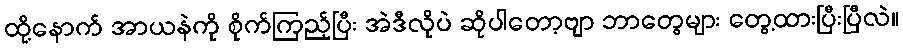
ထို့နောက် အာယနဲကို စိုက်ကြည့်ပြီး အဲဒီလိုပဲ ဆိုပါတော့ဗျာ ဘာတွေများ တွေ့ထားပြီးပြီလဲ။